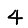
Digit: 4